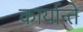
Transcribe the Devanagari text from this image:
कार्यान्ते